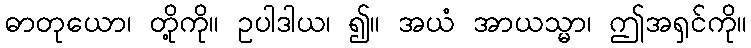
ဓာတုယော၊ တို့ကို။ ဥပါဒါယ၊ ၍။ အယံ အာယသ္မာ၊ ဤအရှင်ကို။